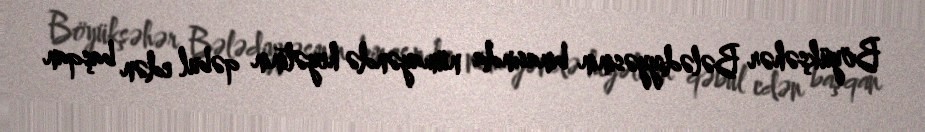
Böyükşəhər Bələdiyyəsinin binasında nümayəndə heyətinin qəbul edən başqan